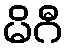
မိဂီ